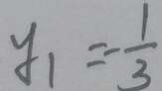
y _ { 1 } = - \frac { 1 } { 3 }